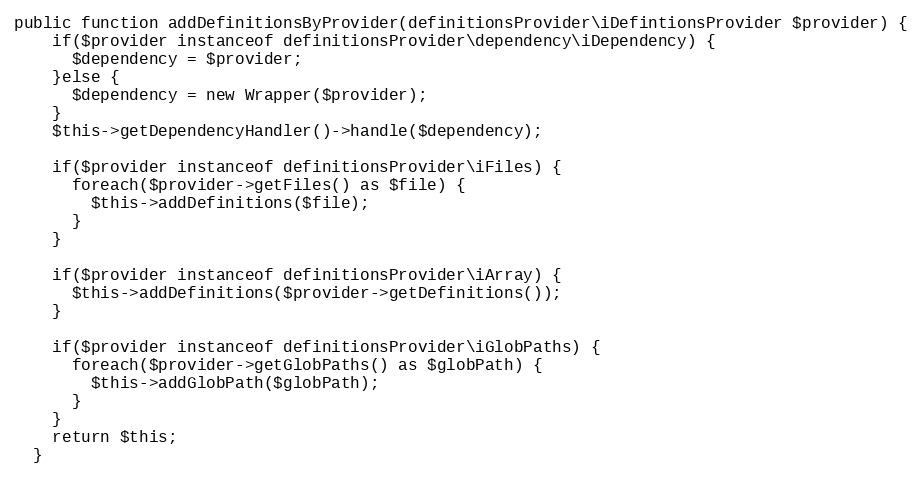
Language: PHP
public function addDefinitionsByProvider(definitionsProvider\iDefintionsProvider $provider) {
    if($provider instanceof definitionsProvider\dependency\iDependency) {
      $dependency = $provider;
    }else {
      $dependency = new Wrapper($provider);
    }
    $this->getDependencyHandler()->handle($dependency);

    if($provider instanceof definitionsProvider\iFiles) {
      foreach($provider->getFiles() as $file) {
        $this->addDefinitions($file);
      }
    }

    if($provider instanceof definitionsProvider\iArray) {
      $this->addDefinitions($provider->getDefinitions());
    }

    if($provider instanceof definitionsProvider\iGlobPaths) {
      foreach($provider->getGlobPaths() as $globPath) {
        $this->addGlobPath($globPath);
      }
    }
    return $this;
  }